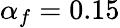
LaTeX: \alpha_{f}=0.15